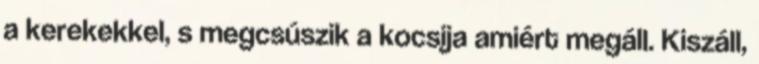
a kerekekkel, s megcsúszik a kocsija amiért megáll. Kiszáll,